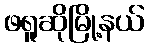
ဖရူဆိုမြို့နယ်